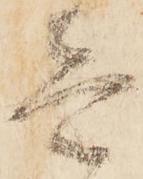
壱